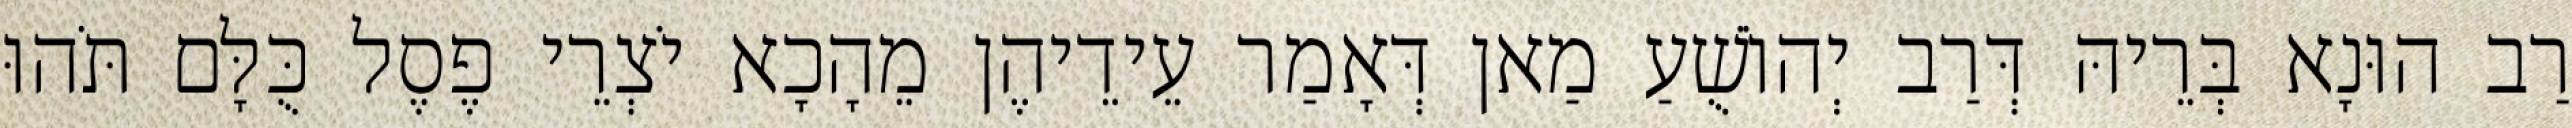
רַב הוּנָא בְּרֵיהּ דְּרַב יְהוֹשֻׁעַ מַאן דְּאָמַר עֵידֵיהֶן מֵהָכָא יֹצְרֵי פֶסֶל כֻּלָּם תֹּהוּ